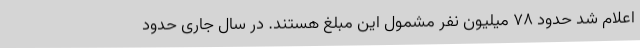
اعلام شد حدود 78 میلیون نفر مشمول این مبلغ هستند. در سال جاری حدود